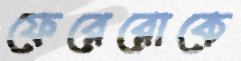
ফেরেরোকে